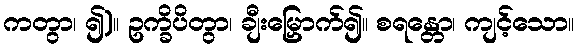
ကတွာ၊ ၍)။ ဥက္ခိပိတွာ၊ ချီးမြှောက်၍။ စရန္တော၊ ကျင့်သော။